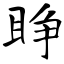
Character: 睁